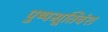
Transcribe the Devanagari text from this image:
पुष्पभूतिवंश